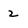
Character: 2